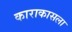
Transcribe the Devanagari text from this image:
काराकासला